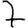
Digit: 7